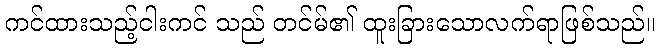
ကင်ထားသည့်ငါးကင် သည် တင်မ်၏ ထူးခြားသောလက်ရာဖြစ်သည်။